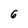
Character: 6